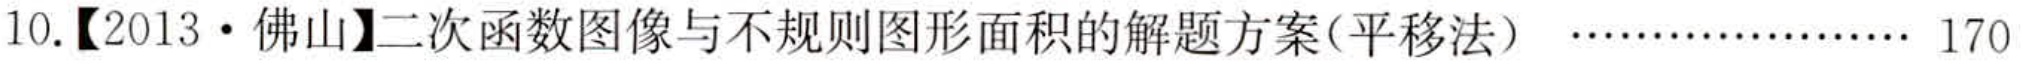
10.【2013·佛山】二次函数图像与不规则图形面积的解题方案(平移法).................. 170